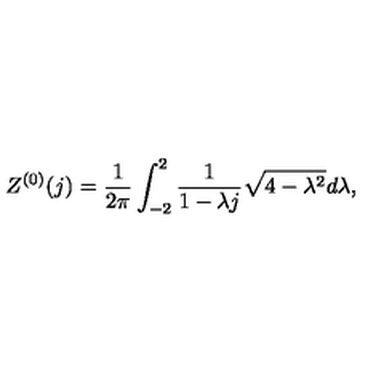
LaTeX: Z ^ { ( 0 ) } ( j ) = \frac { 1 } { 2 \pi } \int _ { - 2 } ^ { 2 } \frac { 1 } { 1 - \lambda j } \sqrt { 4 - \lambda ^ { 2 } } d \lambda ,